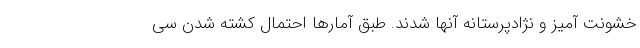
خشونت آمیز و نژادپرستانه آنها شدند. طبق آمارها احتمال کشته شدن سی